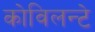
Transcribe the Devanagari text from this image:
कोविलन्टे